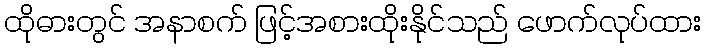
ထိုဓားတွင် အနာစက် ဖြင့်အစားထိုးနိုင်သည် ဖောက်လုပ်ထား